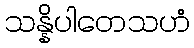
သန္နိပါတေသဟံ